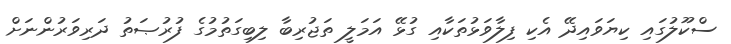
ސްކޫލުގައި ކިޔަވައިދޭ އެކި ފިލާވަޅުތަކާއި ގުޅޭ އަމަލީ ތަޖުރިބާ ލިބިގަތުމުގެ ފުރުޞަތު ދަރިވަރުންނަށް